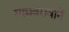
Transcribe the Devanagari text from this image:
माधवरावानें